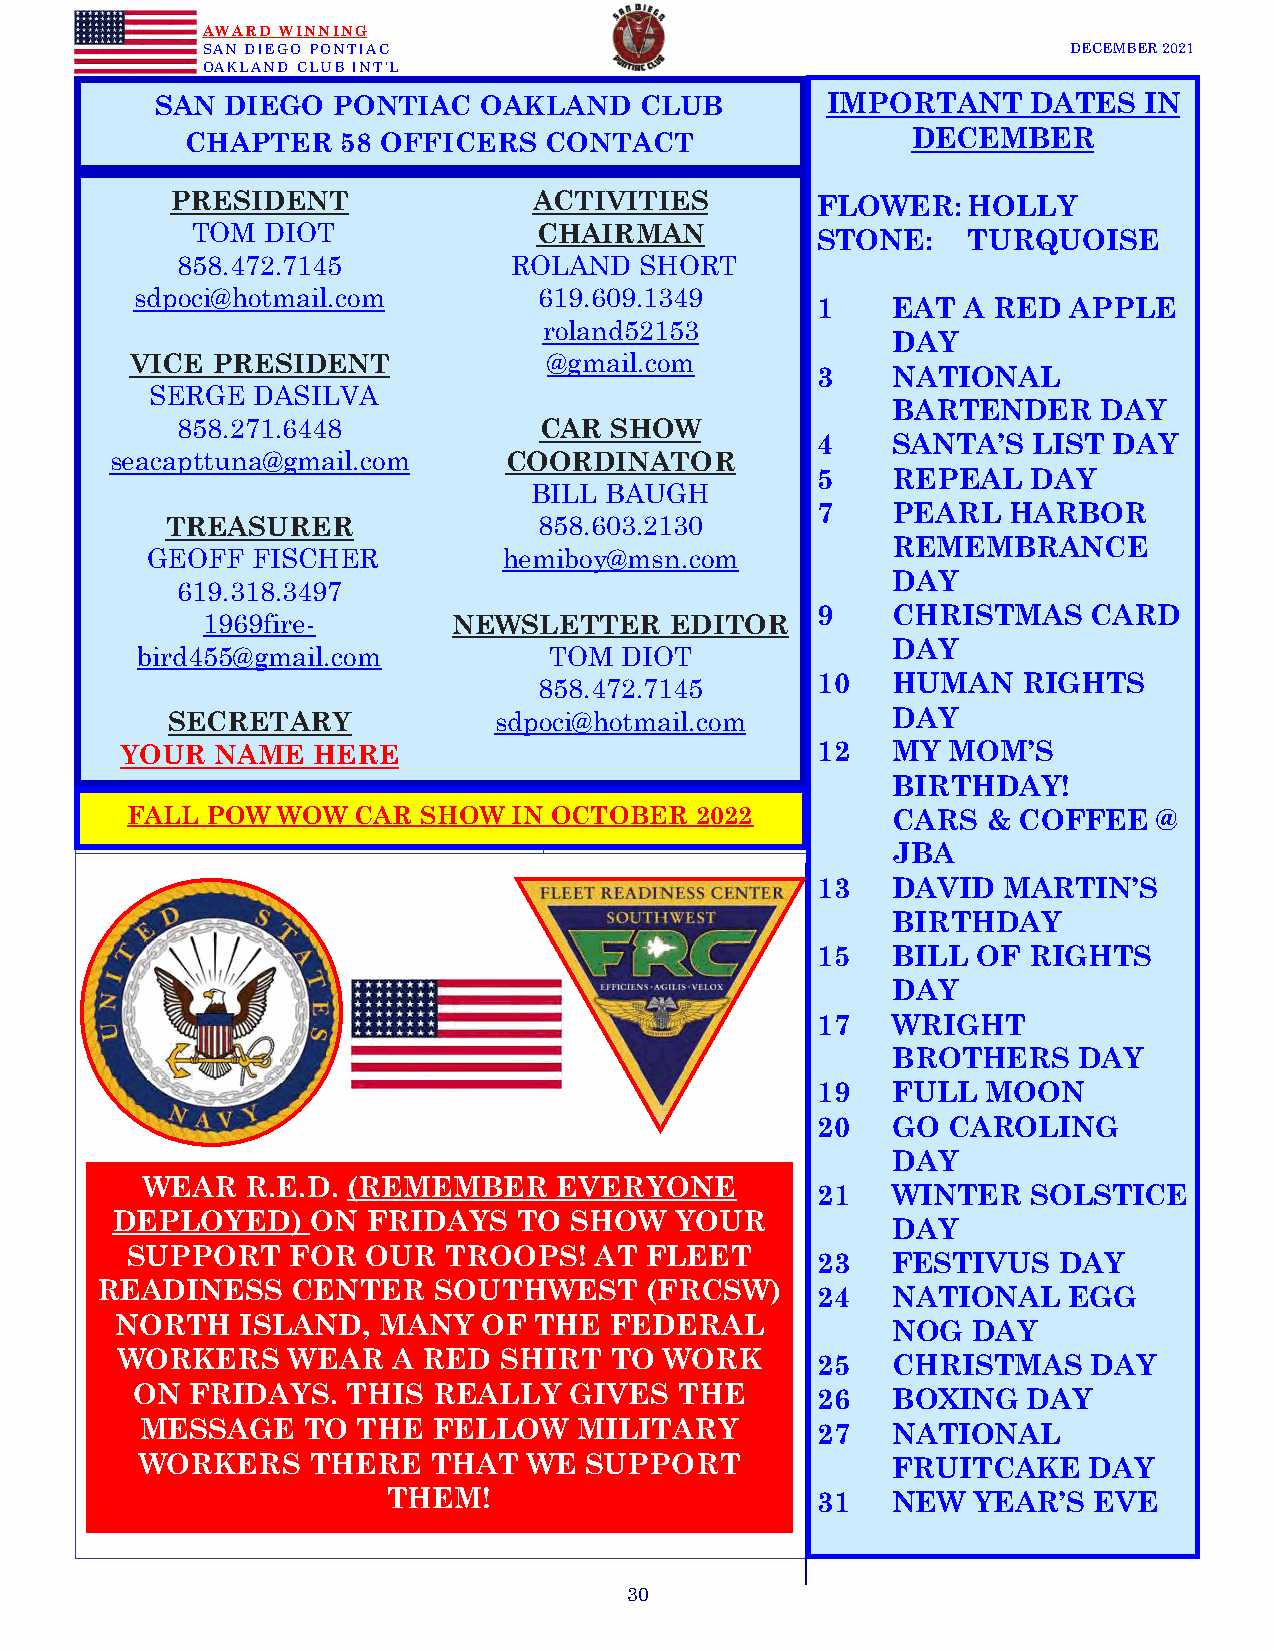
AWARD WINNING
 SAN DIEGO PONTIAC                                         DECEMBER 2021
 OAKLAND CLUB INT’L
 SAN  DIEGO  PONTIAC   OAKLAND   CLUB         IMPORTANT    DATES   IN
 CHAPTER    58 OFFICERS  CONTACT                 DECEMBER
 PRESIDENT               ACTIVITIES         FLOWER:   HOLLY
 TOM DIOT               CHAIRMAN
 STONE:    TURQUOISE
 858.472.7145          ROLAND  SHORT
 sdpoci@hotmail.com         619.609.1349
 1    EAT  A RED  APPLE
 roland52153
 DAY
 VICE PRESIDENT             @gmail.com
 3    NATIONAL
 SERGE  DASILVA
 BARTENDER     DAY
 858.271.6448            CAR SHOW
 4    SANTA’S  LIST  DAY
 seacapttuna@gmail.com     COORDINATOR
 5    REPEAL   DAY
 BILL BAUGH
 7    PEARL   HARBOR
 TREASURER                858.603.2130
 REMEMBRANCE
 GEOFF  FISCHER         hemiboy@msn.com
 DAY
 619.318.3497
 9    CHRISTMAS    CARD
 1969fire-        NEWSLETTER    EDITOR
 DAY
 bird455@gmail.com          TOM  DIOT
 10   HUMAN    RIGHTS
 858.472.7145
 SECRETARY             sdpoci@hotmail.com        DAY
 YOUR  NAME   HERE                             12   MY  MOM’S
 BIRTHDAY!
 FALL  POW WOW  CAR  SHOW  IN OCTOBER  2022         CARS  & COFFEE    @
 JBA
 13   DAVID  MARTIN’S
 BIRTHDAY
 1 5  BILL  OF RIGHTS
 DAY
 17   WRIGHT
 BROTHERS    DAY
 19   FULL  MOON
 20   GO  CAROLING
 DAY
 WEAR   R.E.D. (REMEMBER     EVERYONE
 21   WINTER   SOLSTICE
 DEPLOYED)     ON FRIDAYS   TO  SHOW   YOUR
 DAY
 SUPPORT    FOR  OUR  TROOPS!   AT  FLEET
 23   FESTIVUS   DAY
 READINESS    CENTER    SOUTHWEST     (FRCSW)
 24   NATIONAL    EGG
 NORTH   ISLAND,  MANY   OF THE  FEDERAL            NOG  DAY
 WORKERS    WEAR   A RED  SHIRT  TO  WORK      25   CHRISTMAS    DAY
 ON  FRIDAYS.  THIS  REALLY   GIVES  THE      26   BOXING   DAY
 MESSAGE    TO  THE  FELLOW   MILITARY        27   NATIONAL
 WORKERS     THERE   THAT  WE  SUPPORT             FRUITCAKE    DAY
 THEM!                       31   NEW  YEAR’S  EVE
 30